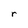
Character: r